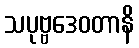
သပုဗ္ဗဒေဝတာနိ